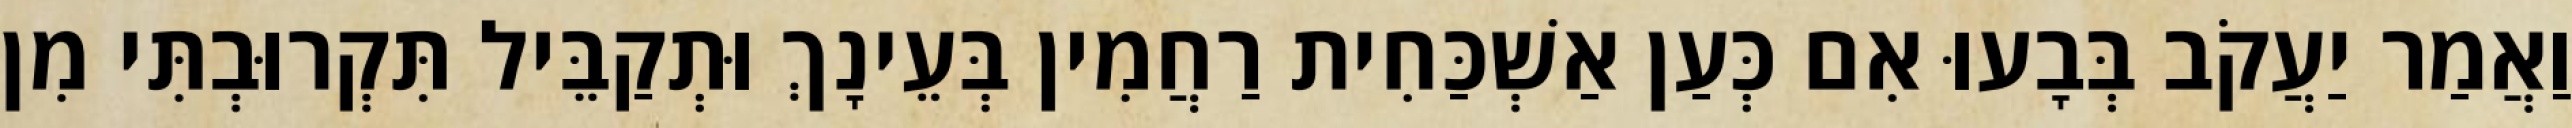
וַאֲמַר יַעֲקֹב בְּבָעוּ אִם כְּעַן אַשְׁכַּחִית רַחֲמִין בְּעֵינָךְ וּתְקַבֵּיל תִּקְרוּבְתִּי מִן